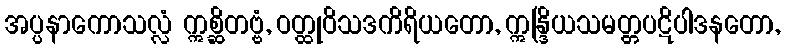
အပ္ပနာကောသလ္လံ ဣစ္ဆိတဗ္ဗံ, ဝတ္ထုဝိသဒကိရိယတော, ဣန္ဒြိယသမတ္တပဋိပါဒနတော,